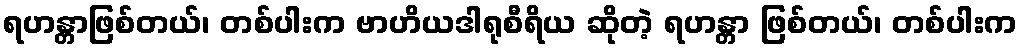
ရဟန္တာဖြစ်တယ်၊ တစ်ပါးက ဗာဟိယဒါရုစီရိယ ဆိုတဲ့ ရဟန္တာ ဖြစ်တယ်၊ တစ်ပါးက